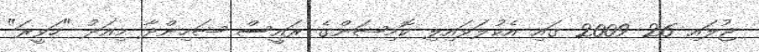
ޖުލައި 26 2009 ގައި އެކުލަވައިލި ކޮމިޝަންގެ ރައީސް ޝަހިންދާ މިއަދު "ހަވީރަ"